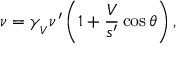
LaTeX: \nu = \gamma _ { _ { V } } \nu ^ { \prime } \left( 1 + { \frac { V } { s ^ { \prime } } } \cos \theta \right) ,